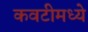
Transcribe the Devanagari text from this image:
कवटीमध्ये